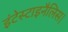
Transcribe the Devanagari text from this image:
इंटेस्टाइनैलिस।